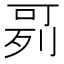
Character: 𠶘